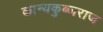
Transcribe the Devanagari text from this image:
कान्यकुब्जराज